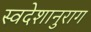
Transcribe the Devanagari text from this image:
स्वदेशानुराग